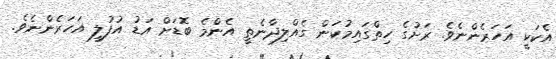
އެކަކީ އަހަރެންނެވެ. ރަށުގެ ހިތްގައިމުކަން ގެއްލިދާނެތީ އެންމެ ބޮޑަށް އަޑު އުފުލީ އަހަރެންނެވެ.